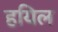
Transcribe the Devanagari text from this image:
हयिल